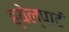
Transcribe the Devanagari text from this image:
ह्येल्पाटं